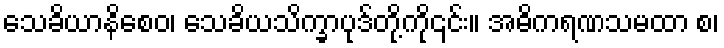
သေခိယာနိစေဝ၊ သေခိယသိက္ခာပုဒ်တို့ကို၎င်း။ အဓိကရဏသမထာ စ၊